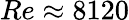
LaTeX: Re\approx 8120